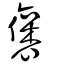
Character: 褒